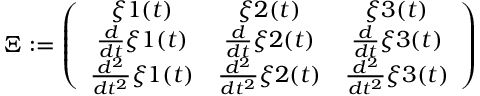
\Xi : = \left( \begin{array} { c c c } { \xi { 1 } ( t ) } & { \xi { 2 } ( t ) } & { \xi { 3 } ( t ) } \\ { \frac { d } { d t } \xi { 1 } ( t ) } & { \frac { d } { d t } \xi { 2 } ( t ) } & { \frac { d } { d t } \xi { 3 } ( t ) } \\ { \frac { d ^ { 2 } } { d t ^ { 2 } } \xi { 1 } ( t ) } & { \frac { d ^ { 2 } } { d t ^ { 2 } } \xi { 2 } ( t ) } & { \frac { d ^ { 2 } } { d t ^ { 2 } } \xi { 3 } ( t ) } \end{array} \right)